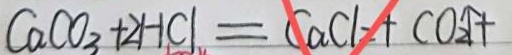
C a C O _ { 3 } + 2 H C l = C a C l _ { 2 } + C O _ { 2 } \uparrow +